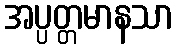
အပ္ပတ္တမာနသာ